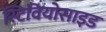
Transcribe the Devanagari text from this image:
स्टिवियोसाइड